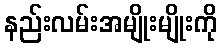
နည်းလမ်းအမျိုးမျိုးကို